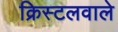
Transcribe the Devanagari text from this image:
क्रिस्टलवाले